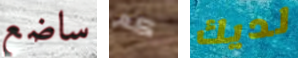
ساضع كم لديك